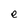
Character: e